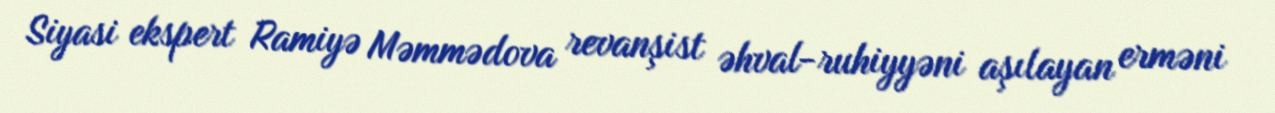
Siyasi ekspert Ramiyə Məmmədova revanşist əhval-ruhiyyəni aşılayan erməni